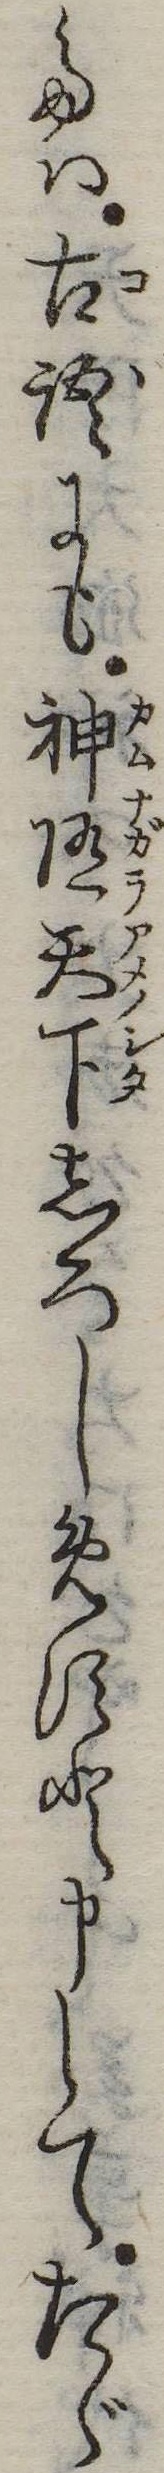
たは古語にも神随天下しろしめすと申してたゞ